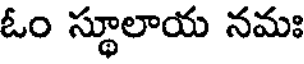
ఓం స్థూలాయ నమః